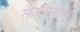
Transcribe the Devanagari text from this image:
सोडविण्यासंबंधी